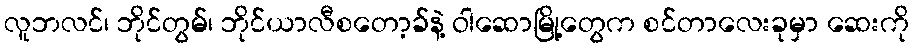
လူဘလင်၊ ဘိုင်တွမ်၊ ဘိုင်ယာလီစတော့ခ်နဲ့ ဝါဆောမြို့တွေက စင်တာလေးခုမှာ ဆေးကို